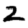
Digit: 2